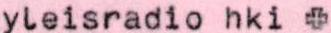
yleisradio hki +